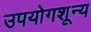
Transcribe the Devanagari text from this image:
उपयोगशून्य